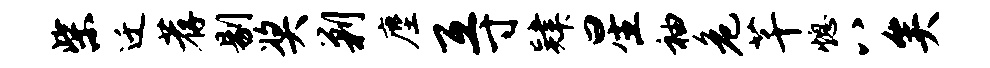
柴迁荐剔奖剿麈互寸肄星袖危芊熄八矣